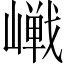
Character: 𪩔